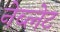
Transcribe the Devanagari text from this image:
नेब्लेट